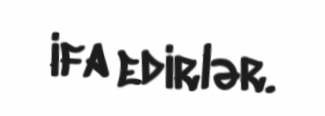
ifa edirlər.